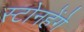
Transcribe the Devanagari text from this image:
स्टोनहेंगे